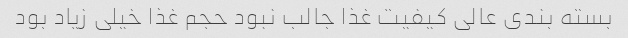
بسته بندی عالی کیفیت غذا جالب نبود حجم غذا خیلی زیاد بود